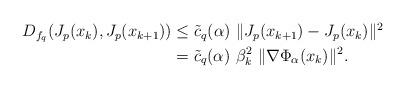
LaTeX: \begin{align*} \begin{aligned} D_{f_q}(J_p (x_k), J_p (x_{k+1})) & \leq \tilde{c}_q (\alpha) ~ \|J_{p}(x_{k+1})-J_{p}(x_{k})\|^{2}\\ & = \tilde c_q (\alpha) ~ \beta_{k}^{2} ~ \|\nabla\Phi_{\alpha}(x_{k})\|^{2}. \end{aligned} \end{align*}